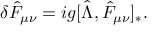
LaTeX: \delta \hat { F } _ { \mu \nu } = i g [ \hat { \Lambda } , \hat { F } _ { \mu \nu } ] _ { * } .